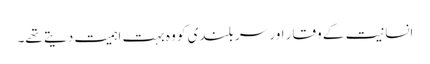
انسانیت کے وقار اور سر بلندی کو وہ بہت اہمیت دیتے تھے۔